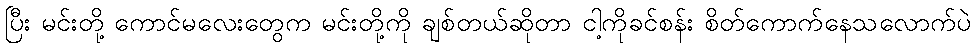
ပြီး မင်းတို့ ကောင်မလေးတွေက မင်းတို့ကို ချစ်တယ်ဆိုတာ ငါ့ကိုခင်စန်း စိတ်ကောက်နေသလောက်ပဲ